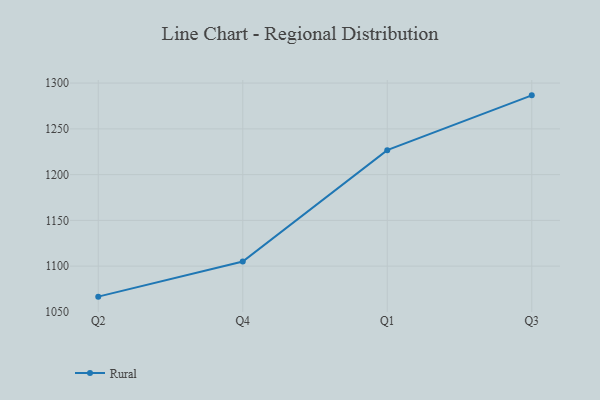
{"axis": {"x": "Quarter", "y": "Operating Costs (USD K)"}, "legend": ["Rural"], "data": [{"x": "Q2", "y": 1066.7, "type": "Rural"}, {"x": "Q4", "y": 1105.0, "type": "Rural"}, {"x": "Q1", "y": 1226.7, "type": "Rural"}, {"x": "Q3", "y": 1286.6, "type": "Rural"}]}